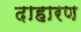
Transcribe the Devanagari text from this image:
दाहारण